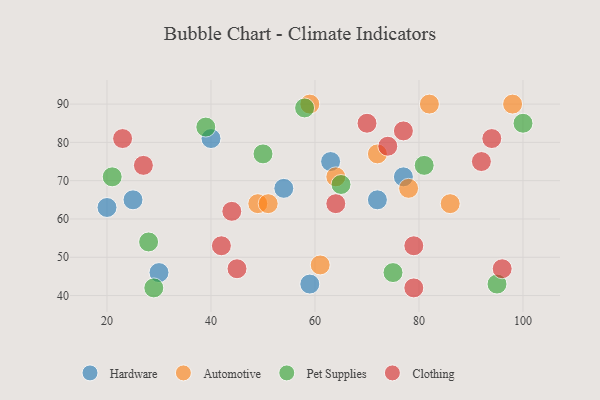
{"axis": {"x": "GDP", "y": "Life Expectancy"}, "legend": ["Automotive", "Clothing", "Hardware", "Pet Supplies"], "data": [{"x": "25", "y": 65, "type": "Hardware"}, {"x": "77", "y": 71, "type": "Hardware"}, {"x": "54", "y": 68, "type": "Hardware"}, {"x": "30", "y": 46, "type": "Hardware"}, {"x": "20", "y": 63, "type": "Hardware"}, {"x": "63", "y": 75, "type": "Hardware"}, {"x": "40", "y": 81, "type": "Hardware"}, {"x": "72", "y": 65, "type": "Hardware"}, {"x": "59", "y": 43, "type": "Hardware"}, {"x": "78", "y": 68, "type": "Automotive"}, {"x": "59", "y": 90, "type": "Automotive"}, {"x": "98", "y": 90, "type": "Automotive"}, {"x": "49", "y": 64, "type": "Automotive"}, {"x": "64", "y": 71, "type": "Automotive"}, {"x": "72", "y": 77, "type": "Automotive"}, {"x": "86", "y": 64, "type": "Automotive"}, {"x": "82", "y": 90, "type": "Automotive"}, {"x": "51", "y": 64, "type": "Automotive"}, {"x": "61", "y": 48, "type": "Automotive"}, {"x": "58", "y": 89, "type": "Pet Supplies"}, {"x": "28", "y": 54, "type": "Pet Supplies"}, {"x": "81", "y": 74, "type": "Pet Supplies"}, {"x": "29", "y": 42, "type": "Pet Supplies"}, {"x": "75", "y": 46, "type": "Pet Supplies"}, {"x": "95", "y": 43, "type": "Pet Supplies"}, {"x": "21", "y": 71, "type": "Pet Supplies"}, {"x": "50", "y": 77, "type": "Pet Supplies"}, {"x": "65", "y": 69, "type": "Pet Supplies"}, {"x": "100", "y": 85, "type": "Pet Supplies"}, {"x": "39", "y": 84, "type": "Pet Supplies"}, {"x": "92", "y": 75, "type": "Clothing"}, {"x": "70", "y": 85, "type": "Clothing"}, {"x": "74", "y": 79, "type": "Clothing"}, {"x": "64", "y": 64, "type": "Clothing"}, {"x": "42", "y": 53, "type": "Clothing"}, {"x": "79", "y": 53, "type": "Clothing"}, {"x": "79", "y": 42, "type": "Clothing"}, {"x": "23", "y": 81, "type": "Clothing"}, {"x": "27", "y": 74, "type": "Clothing"}, {"x": "77", "y": 83, "type": "Clothing"}, {"x": "94", "y": 81, "type": "Clothing"}, {"x": "45", "y": 47, "type": "Clothing"}, {"x": "44", "y": 62, "type": "Clothing"}, {"x": "96", "y": 47, "type": "Clothing"}]}